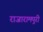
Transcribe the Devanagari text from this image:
राजारामपुरी